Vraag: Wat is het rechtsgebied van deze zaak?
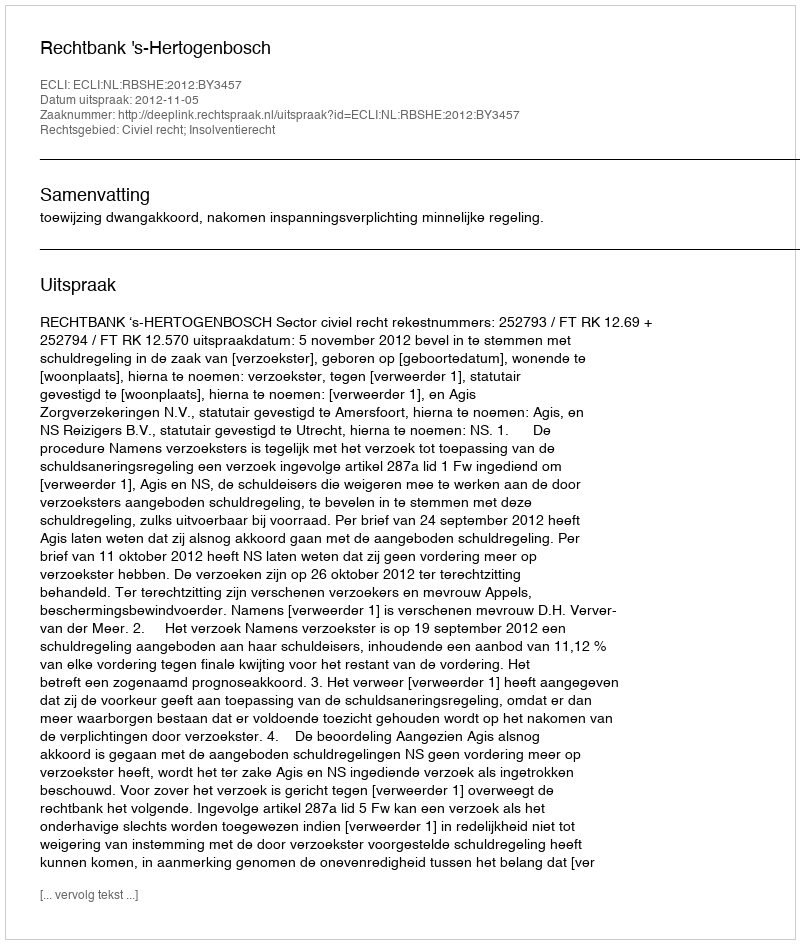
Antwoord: Civiel recht; Insolventierecht